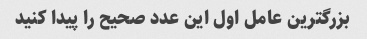
بزرگترین عامل اول این عدد صحیح را پیدا کنید